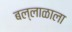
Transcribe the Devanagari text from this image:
बल्लाळाला